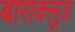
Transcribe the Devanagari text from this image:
बाराक्लुड